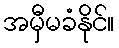
အမှီမခံနိုင်။